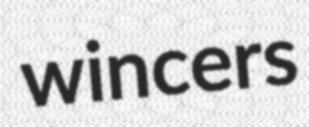
wincers